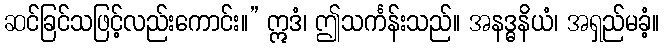
ဆင်ခြင်သဖြင့်လည်းကောင်း။” ဣဒံ၊ ဤသင်္ကန်းသည်။ အနဒ္ဓနိယံ၊ အရှည်မခံ့။